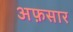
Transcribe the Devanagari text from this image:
अफ़सार